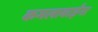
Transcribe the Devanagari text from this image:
कमलाबाईंना